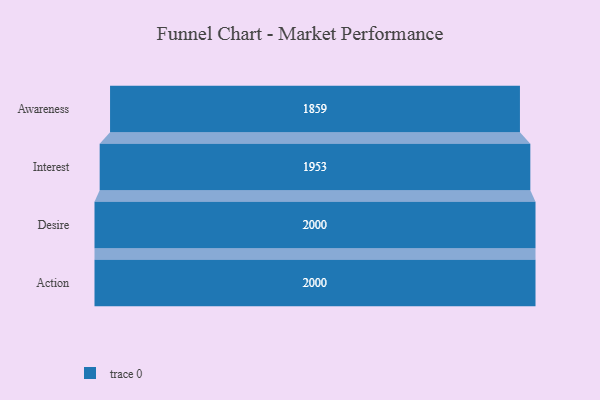
{"axis": {"x": "Stage", "y": "Value"}, "legend": [""], "data": [{"x": "Awareness", "y": 1859.0, "type": ""}, {"x": "Interest", "y": 1953.0, "type": ""}, {"x": "Desire", "y": 2000, "type": ""}, {"x": "Action", "y": 2000, "type": ""}]}